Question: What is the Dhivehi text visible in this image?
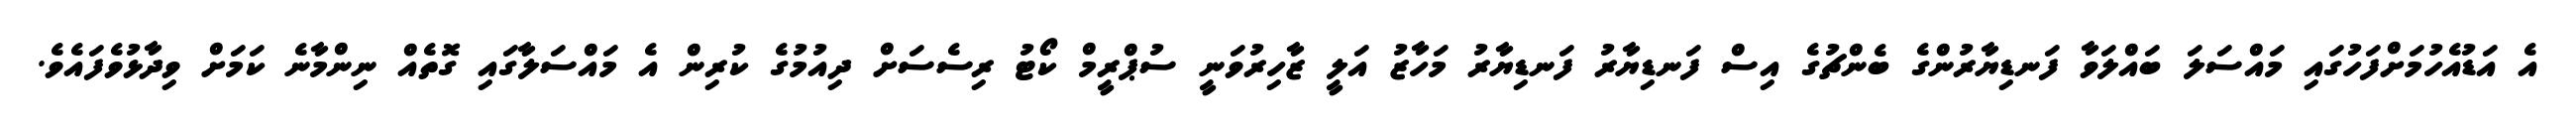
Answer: އެ އަޑުއެހުމަށްފަހުގައި މައްސަލަ ބައްލަވާ ފަނޑިޔާރުންގެ ބެންޗުގެ އިސް ފަނޑިޔާރު ފަނޑިޔާރު މަހާޒު އަލީ ޒާހިރުވަނީ ސުޕްރީމް ކޯޓު ރިސެސަށް ދިއުމުގެ ކުރިން އެ މައްސަލާގައި ގޮތެއް ނިންމާނެ ކަމަށް ވިދާޅުވެފައެވެ.